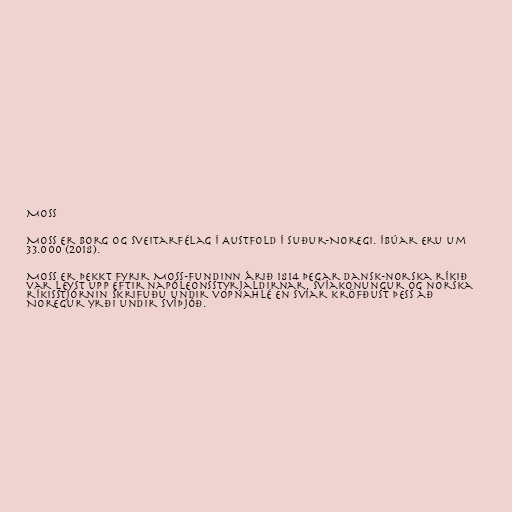
Moss

Moss er borg og sveitarfélag í Austfold í suður-Noregi. Íbúar eru um
33.000 (2018).

Moss er þekkt fyrir Moss-fundinn árið 1814 þegar Dansk-norska ríkið
var leyst upp eftir napóleonsstyrjaldirnar. Svíakonungur og norska
ríkisstjórnin skrifuðu undir vopnahlé en Svíar kröfðust þess að
Noregur yrði undir Svíþjóð.